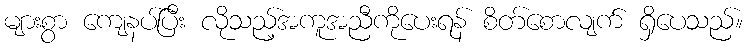
များစွာ ကျေနပ်ပြီး လိုသည့်အကူအညီကိုပေးရန် စိတ်စောလျက် ရှိပေသည်။